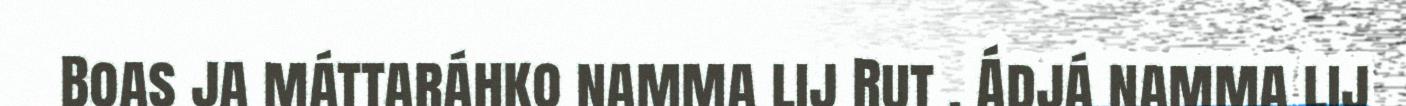
Boas ja máttaráhko namma lij Rut . Ádjá namma lij